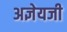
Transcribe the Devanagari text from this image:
अज्ञेयजी